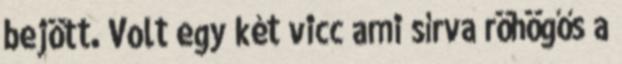
bejött. Volt egy két vicc ami sírva röhögős a